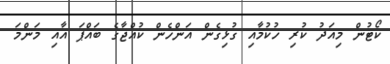
ކޯޓުން މިއަދު ކުރި ހުކުމާއި ގުޅިގެން އަންހެން ކުއްޖާގެ ބައްޕަ އާއި މަންމަ